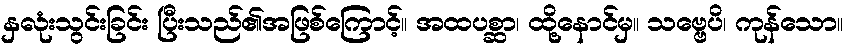
နှလုံးသွင်းခြင်း ပြီးသည်၏အဖြစ်ကြောင့်။ အထပစ္ဆာ၊ ထို့နောင်မှ။ သဗ္ဗေပိ၊ ကုန်သော။